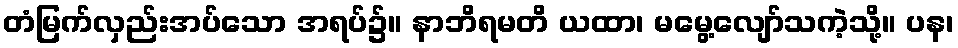
တံမြက်လှည်းအပ်သော အရပ်၌။ နာဘိရမတိ ယထာ၊ မမွေ့လျော်သကဲ့သို့။ ပန၊